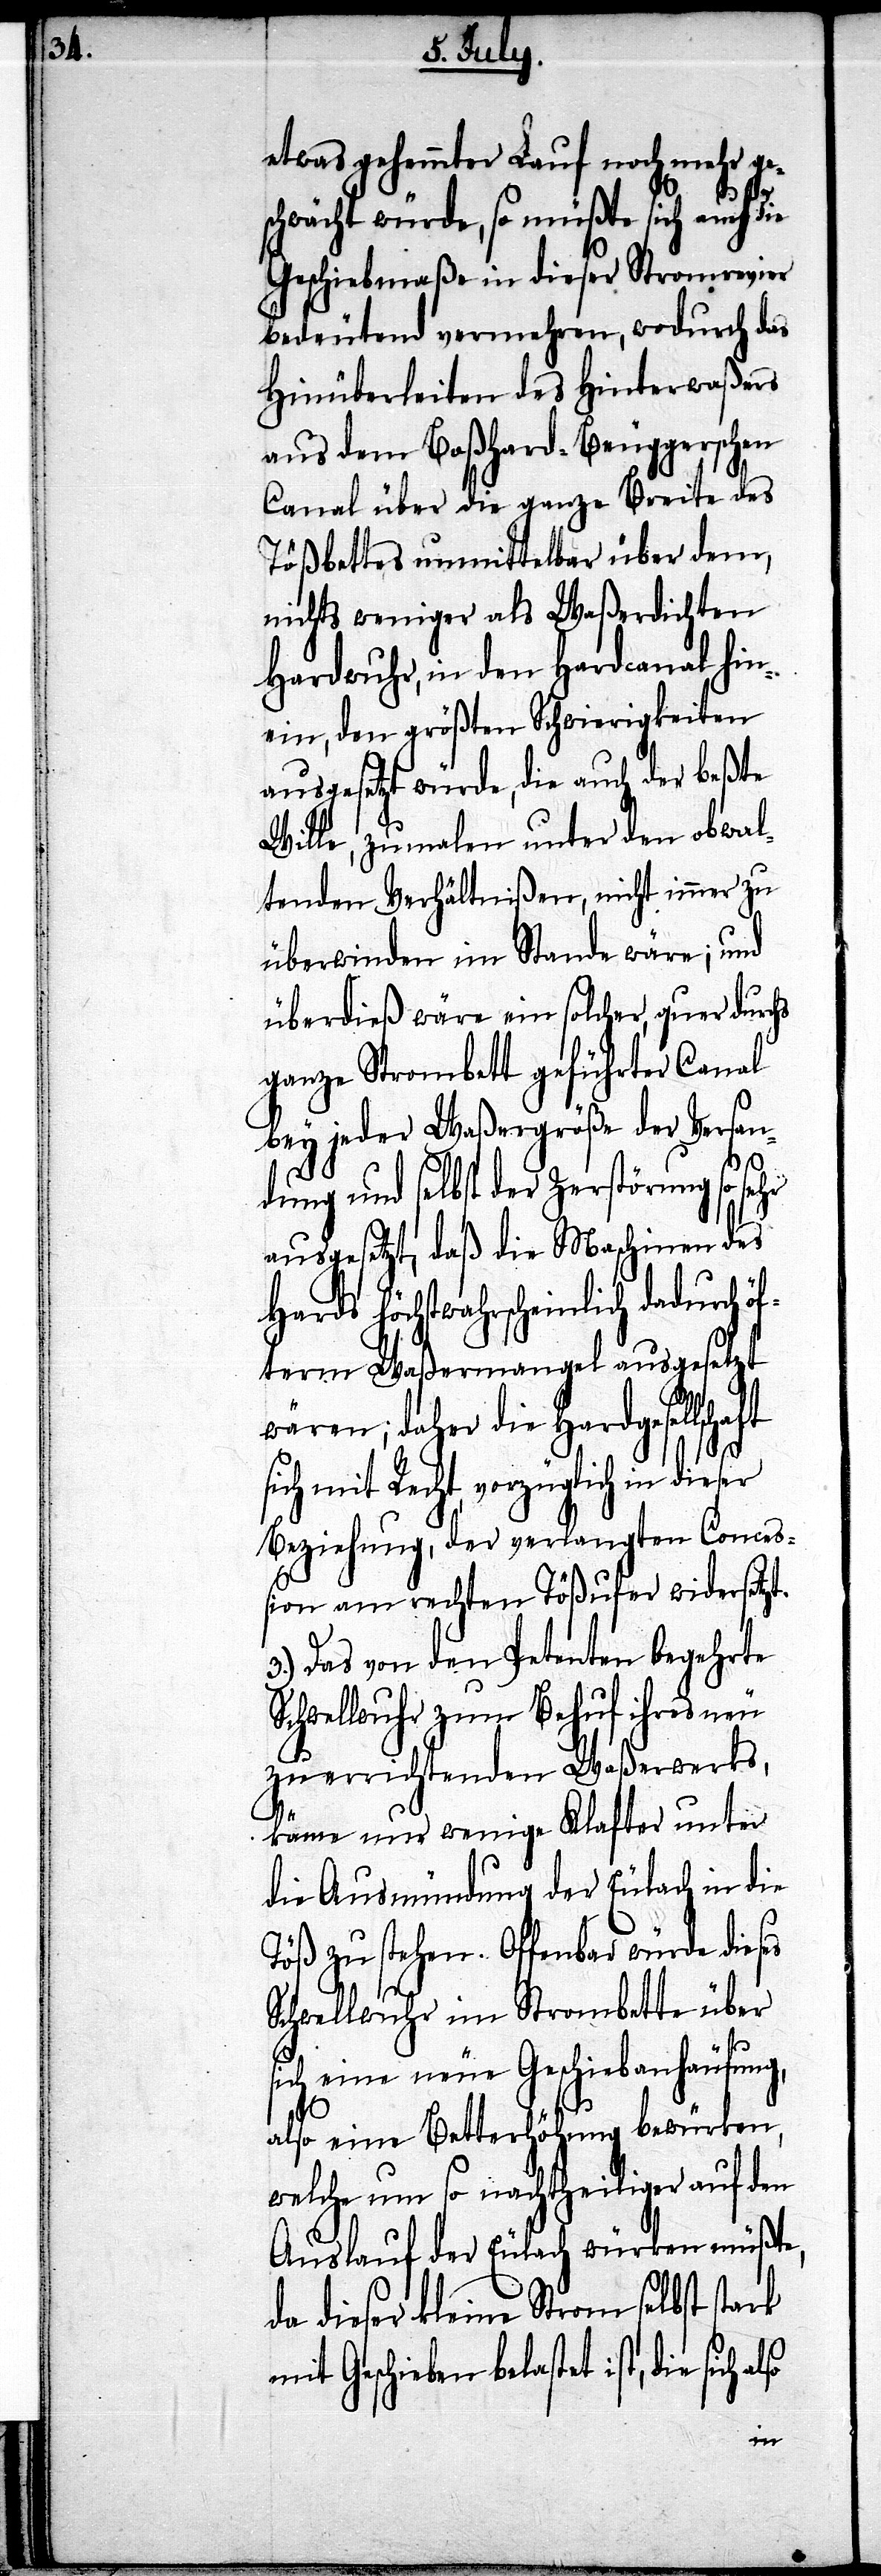
etwas gehemmter Lauf noch mehr ge¬
schwächt würde, so müßte sich auch
Geschiebmaße in dieser Stromrevier
bedeutend vermehren, wodurch das
Hinüberleiten des Hinterwaßers
aus dem Boßhard-Beuggerschen
Canal über die ganze Breite des
Tößbettes unmittelbar über dem,
nichts weniger als Waßerdichten
Hardwuhr, in den Hardcanal hin¬
ein, den größten Schwierigkeiten
ausgesetzt würde, die auch der beßte
Wille, zumalen unter den obwal¬
tenden Verhältnißen, nicht immer zu
überwinden im Stande wäre; und
überdieß wäre ein solcher, quer durchs
ganze Strombett geführter Canal
bey jeder Waßergröße der Versan¬
dung und selbst der Zerstörung so
ausgesetzt, daß die Maschinen des
Hards höchstwahrscheinlich dadurch öf¬
term Waßermangel ausgesetzt
wären; daher die Hardgesellschaft
3.)
sich mit Recht, vorzüglich in
Beziehung, der verlangten Conce¬
ßion am rechten Tößufer widersetzt.
Das von den Petenten begehrte
Schwellwuhr zum Behuf ihres neu
zu errichtenden Waßerwerks,
käme nur wenige Klafter unter
die Ausmündung der Eulach in die
Töß zu stehen. Offenbar würde dieses
Schwellwuhr im Strombette über
sich eine neue Geschiebanhäufung,
also eine Betterhöhung bewürken,
welche um so nachtheiliger auf den
Auslauf der Eulach würken müßte,
da dieser kleine Strom selbst stark
mit Geschieben belastet ist, die